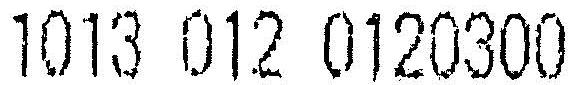
1013 012 0120300